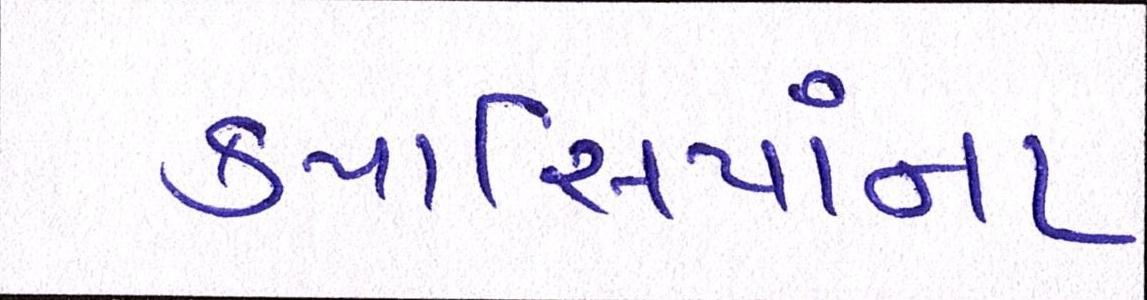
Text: કપાસિયાંના